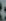
: